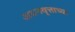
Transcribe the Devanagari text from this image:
अयनवृत्ताच्या